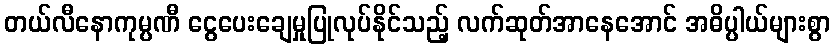
တယ်လီနောကုမ္ပဏီ ငွေပေးချေမှုပြုလုပ်နိုင်သည့် လက်ဆုတ်အာနေအောင် အဓိပ္ပါယ်များစွာ